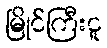
မြိုင်ကြီးငူ